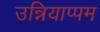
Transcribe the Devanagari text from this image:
उन्नियाप्पम